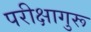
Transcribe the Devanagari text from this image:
परीक्षागुरू